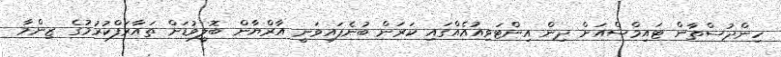
ހިންދުސްތާން ޓައިމްސްއަށް ދިން އިންޓަވިއުއެއްގައި ކަރަން ބުނެފައިވަނީ އާރްޔާން ބޮލީވުޑަށް ތައާރަފްކުރުމުގެ ޒިންމާ